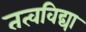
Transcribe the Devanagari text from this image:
तत्वविद्या